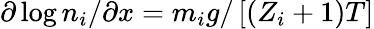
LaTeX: \partial\log n_{i}/\partial x=m_{i}g/\left[(Z_{i}+1)T\right]